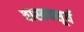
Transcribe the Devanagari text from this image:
वास्तवसूर्य